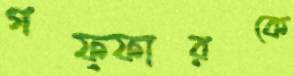
গফ্ফারকে